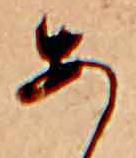
あ